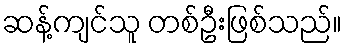
ဆန့်ကျင်သူ တစ်ဦးဖြစ်သည်။